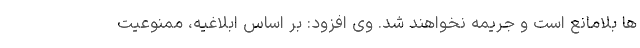
ها بلامانع است و جریمه نخواهند شد. وی افزود: بر اساس ابلاغیه، ممنوعیت